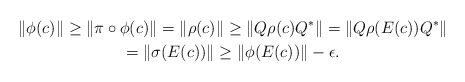
\begin{gather*} \|\phi(c)\|\geq \|\pi\circ\phi(c)\| =\|\rho(c)\|\geq\|Q\rho(c)Q^*\| =\|Q\rho(E(c))Q^*\|\\ = \|\sigma(E(c))\| \geq \|\phi(E(c))\|-\epsilon.\end{gather*}